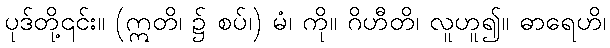
ပုဒ်တို့၎င်း။ (ဣတိ၊ ၌ စပ်၊) မံ၊ ကို။ ဂိဟီတိ၊ လူဟူ၍။ ဓာရေဟိ၊